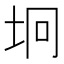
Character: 坰